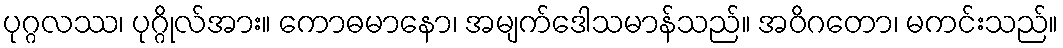
ပုဂ္ဂလဿ၊ ပုဂ္ဂိုလ်အား။ ကောဓမာနော၊ အမျက်ဒေါသမာန်သည်။ အဝိဂတော၊ မကင်းသည်။